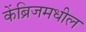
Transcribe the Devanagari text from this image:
केंब्रिजमधील